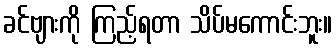
ခင်ဗျားကို ကြည့်ရတာ သိပ်မကောင်းဘူး။